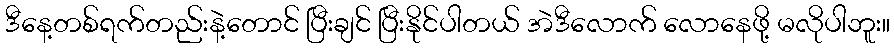
ဒီနေ့တစ်ရက်တည်းနဲ့တောင် ပြီးချင် ပြီးနိုင်ပါတယ် အဲဒီလောက် လောနေဖို့ မလိုပါဘူး။